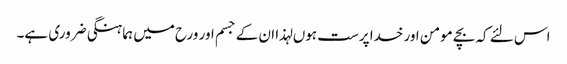
اس لئے کہ بچے مومن اور خدا پرست ہوں لہذا ان کے جسم اور ورح میں ہماہنگی ضروری ہے۔